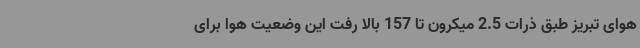
هوای تبریز طبق ذرات 2.5 میکرون تا 157 بالا رفت این وضعیت هوا برای